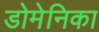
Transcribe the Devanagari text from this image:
डोमेनिका